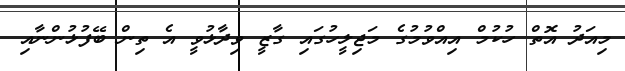
މިއަދު އޮތް ހުކުމް އިއްވުމުުގެ މަޖިލީހުގައި ގާޒީ ވިދާޅުވީ އެ ތިން ބޭފުޅުންނާއި